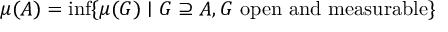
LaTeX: \mu ( A ) = \operatorname* { i n f } \{ \mu ( G ) \mid G \supseteq A , G { \mathrm { ~ o p e n ~ a n d ~ m e a s u r a b l e } } \}